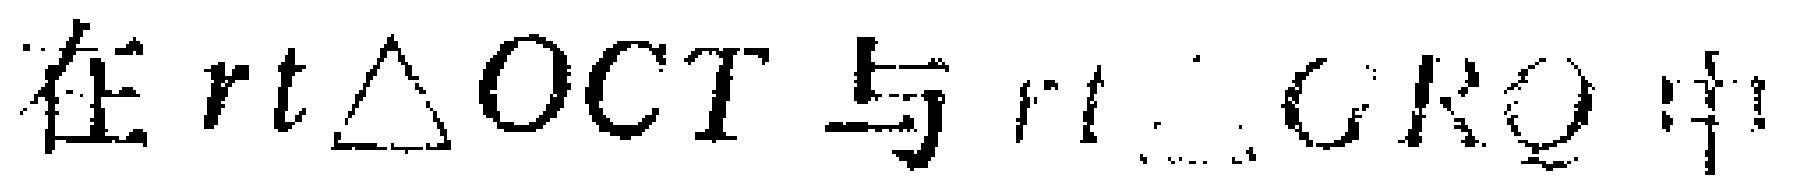
在$rt\triangle OCT$与$rt\triangle CRO$中